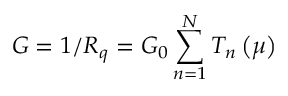
G = 1 / R _ { q } = G _ { 0 } \sum _ { n = 1 } ^ { N } T _ { n } \left( \mu \right)